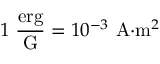
1 \; { \frac { \mathrm { e r g } } { \mathrm { G } } } = 1 0 ^ { - 3 } { \mathrm { ~ A } } { \cdot } { \mathrm { m } } ^ { 2 }